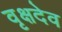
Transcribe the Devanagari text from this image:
वृक्षदेव